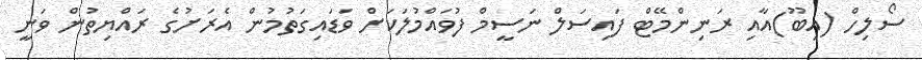
ސޯލިހް (އިބޫ)އާއި ރަނިންމޭޓް ފައިސަލް ނަސީމް ފުވައްމުލަކަށް ވަޑައިގަތުމުން އެރަށުގެ ރައްޔިތުން ވަނީ